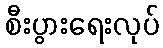
စီးပွားရေးလုပ်